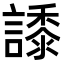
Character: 𧬠